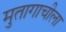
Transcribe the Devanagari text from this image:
मुतागाचीला